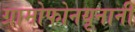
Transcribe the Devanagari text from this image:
ग्रामोफोनयूनानी